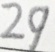
2 9